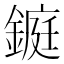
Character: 𨫆